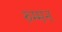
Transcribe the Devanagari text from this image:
रुम्मन